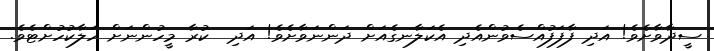
ސީދާވާށެވެ! އަދި ފާފަފުއްސެވުންއެދި އެކަލާނގެއަށް ދަންނަވާށެވެ! އަދި  ކުރާ މީހުންނަށް ހަލާކުހުށްޓެވެ.